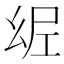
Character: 𢇀